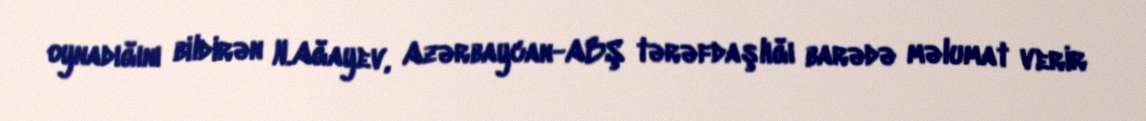
oynadığını bildirən N.Ağayev, Azərbaycan-ABŞ tərəfdaşlığı barədə məlumat verir